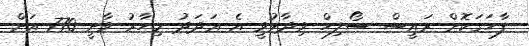
ފާހަގަކޮށް ރައީސް ސޯލިހް ވިދާޅުވީ އެ ޢަދަދު މިހާރު ވާނީ 770 އަށް